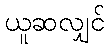
ယူဆလျှင်